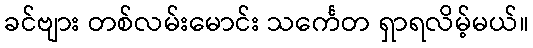
ခင်ဗျား တစ်လမ်းမောင်း သင်္ကေတ ရှာရလိမ့်မယ်။